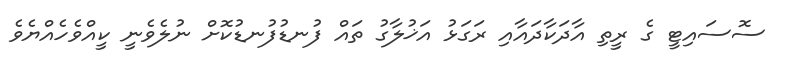
ސޮސައިޓީ ގެ ރީތި އާދަކާދައާއި ރަގަޅު އަޚުލާގު ތައް ފުނޑުފުނޑުކޮށް ނުލެވެނީ ކީއްވެހެއްޔެވެ